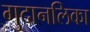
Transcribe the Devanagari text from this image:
गुदानलिका